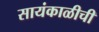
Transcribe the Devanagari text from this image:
सायंकाळीची